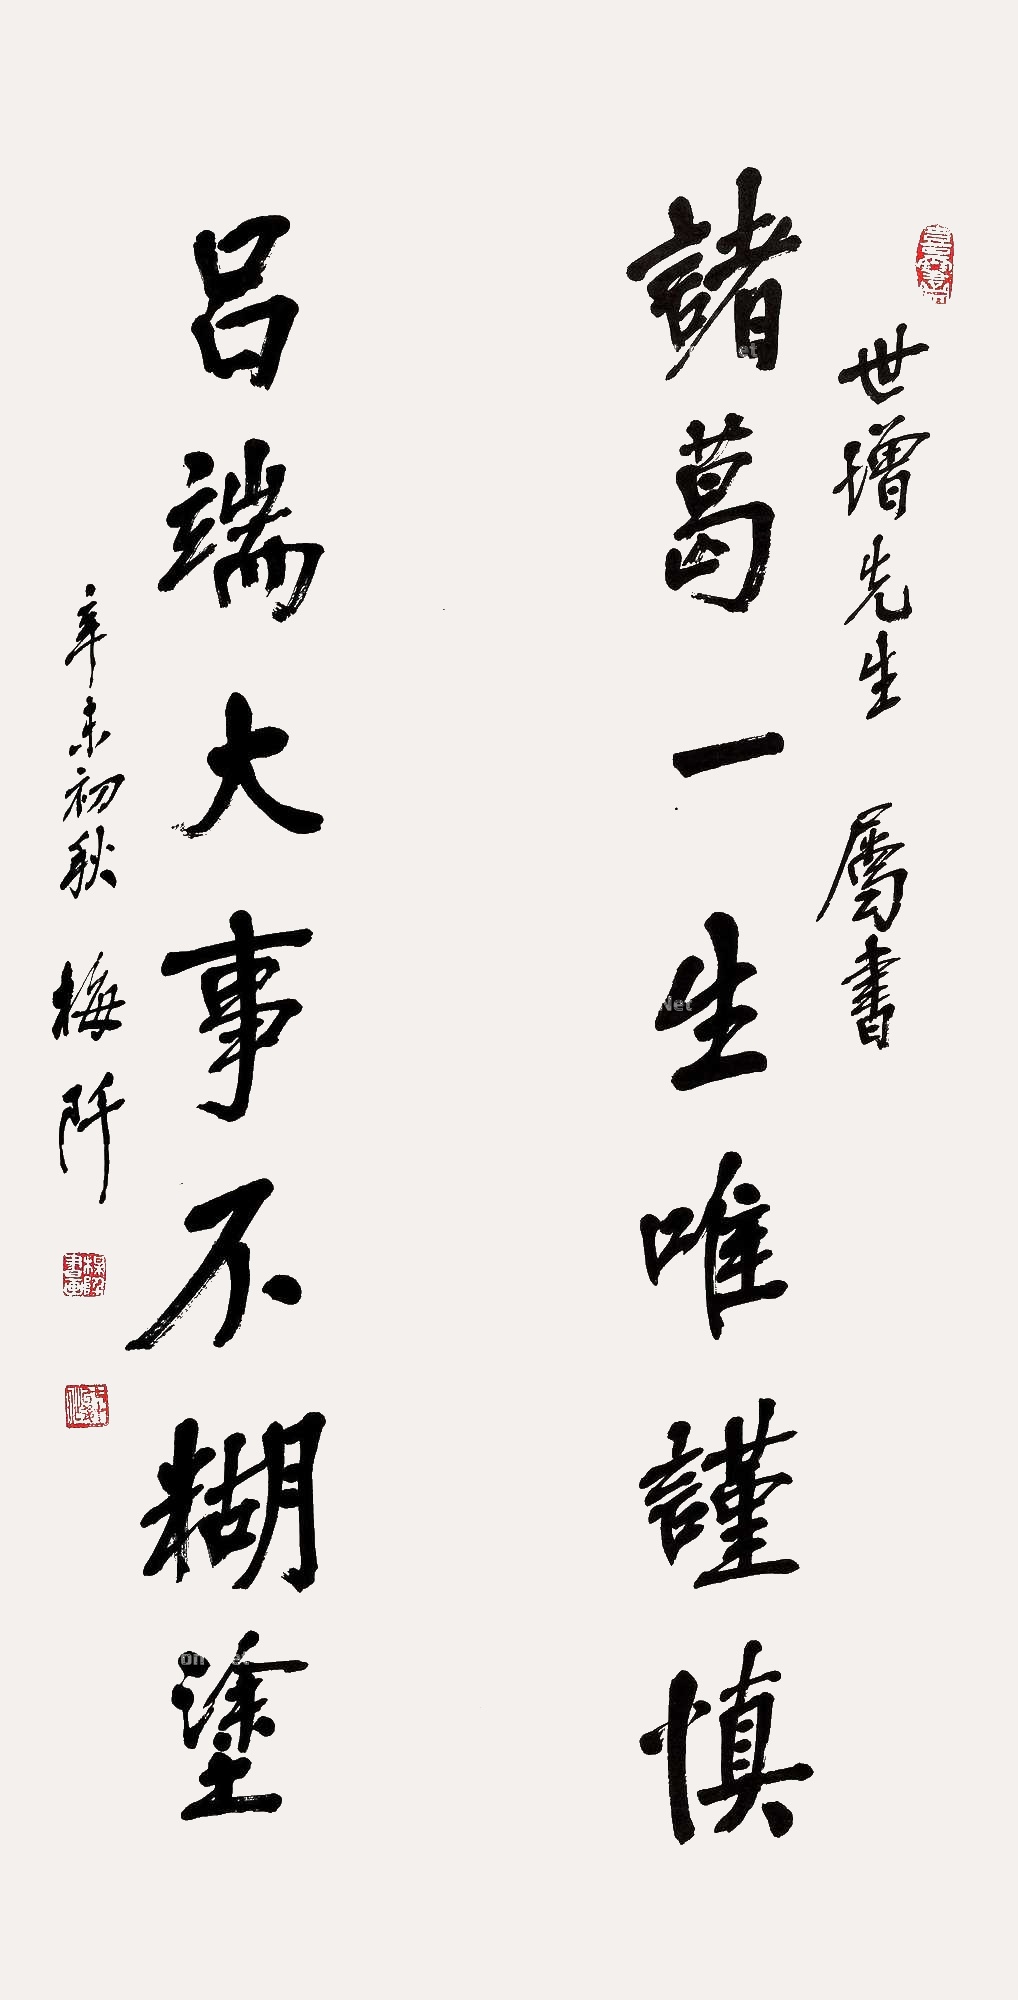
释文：诸葛一生唯谨慎，吕端大事不糊涂。世增先生属书，辛未（1991年）初秋，梅阡。